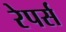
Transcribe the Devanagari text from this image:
रेपर्स